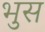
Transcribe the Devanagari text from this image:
भुस